Vaccination in Bombay 1863-1868 - 1863-1868
Year: 1863
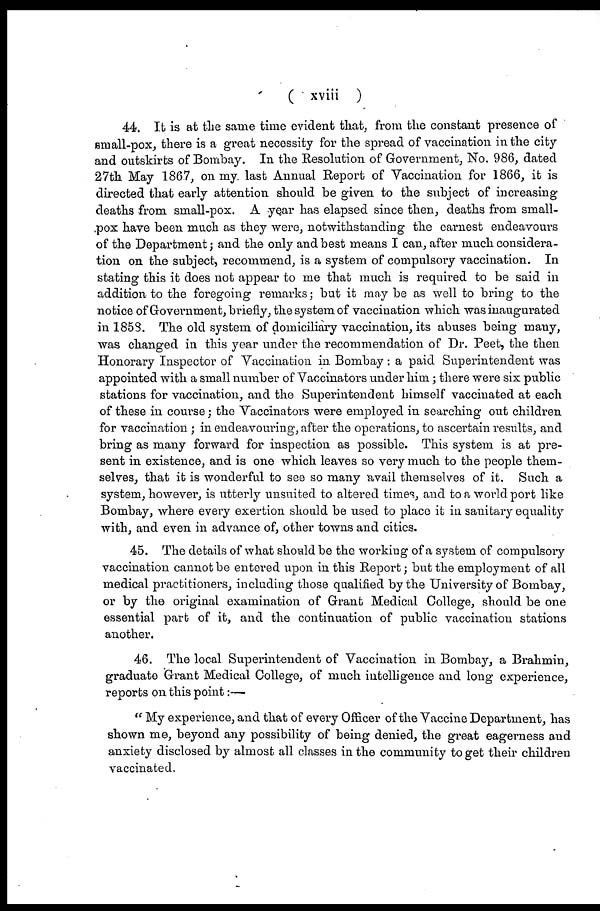
( xviii )
44. It is at the same time evident that, from the constant presence of
small-pox, there is a great necessity for the spread of vaccination in the city
and outskirts of Bombay. In the Resolution of Government, No. 986, dated
27th May 1867, on my. last Annual Report of Vaccination for 1866, it is
directed that early attention should be given to the subject of increasing
deaths from small-pox. A year has elapsed since then, deaths from small-
pox have been much as they were, notwithstanding the earnest endeavours
of the Department; and the only and best means I can, after much considera-
tion on the subject, recommend, is a system of compulsory vaccination. In
stating this it does not appear to me that much is required to be said in
addition to the foregoing remarks; but it may be as well to bring to the
notice of Government, briefly, the system of vaccination which was inaugurated
in 1858. The old system of domiciliary vaccination, its abuses being many,
was changed in this year under the recommendation of Dr. Peet, the then
Honorary Inspector of Vaccination in Bombay : a paid Superintendent was
appointed with a small number of Vaccinators under him; there were six public
stations for vaccination, and the Superintendent himself vaccinated at each
of these in course; the Vaccinators were employed in searching out children
for vaccination ; in endeavouring, after the operations, to ascertain results, and
bring as many forward for inspection as possible. This system is at pre-
sent in existence, and is one which leaves so very much to the people them-
selves, that it is wonderful to see so many avail themselves of it. Such a
system, however, is utterly unsuited to altered times, and to a world port like
Bombay, where every exertion should be used to place it in sanitary equality
with, and even in advance of, other towns and cities.
45. The details of what should be the working of a system of compulsory
vaccination cannot be entered upon in this Report; but the employment of all
medical practitioners, including those qualified by the University of Bombay,
or by the original examination of Grant Medical College, should be one
essential part of it, and the continuation of public vaccination stations
another.
46. The local Superintendent of Vaccination in Bombay, a Brahmin,
graduate Grant Medical College, of much intelligence and long experience,
reports on this point:—
" My experience, and that of every Officer of the Vaccine Department, has
shown me, beyond any possibility of being denied, the great eagerness and
anxiety disclosed by almost all classes in the community to get their children
vaccinated.